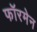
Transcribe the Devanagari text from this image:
फॉरमेन